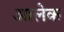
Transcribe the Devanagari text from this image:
आलेक